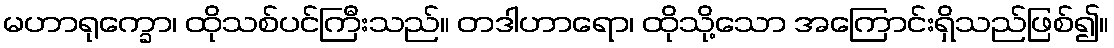
မဟာရုက္ခော၊ ထိုသစ်ပင်ကြီးသည်။ တဒါဟာရော၊ ထိုသို့သော အကြောင်းရှိသည်ဖြစ်၍။